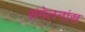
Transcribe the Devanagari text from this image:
संमेलनांस